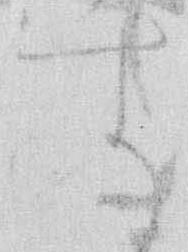
す